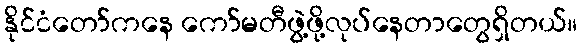
နိုင်ငံတော်ကနေ ကော်မတီဖွဲ့ဖို့လုပ်နေတာတွေရှိတယ်။